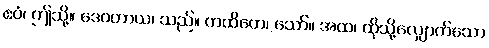
ဧဝံ၊ ဤသို့။ ဒေဝတာယ၊ သည်။ ကထိတေ၊ သော်။ အထ၊ ထိုသို့လျှောက်သော